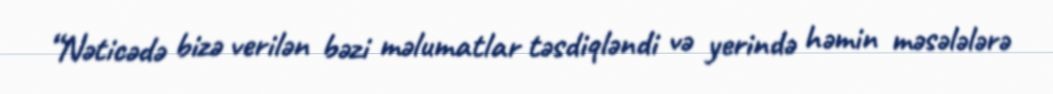
“Nəticədə bizə verilən bəzi məlumatlar təsdiqləndi və yerində həmin məsələlərə